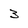
Character: 3